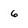
Character: 6